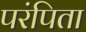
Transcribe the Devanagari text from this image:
परंपिता